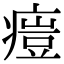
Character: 𤸳